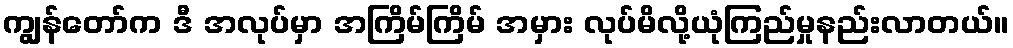
ကျွန်တော်က ဒီ အလုပ်မှာ အကြိမ်ကြိမ် အမှား လုပ်မိလို့ယုံကြည်မှုနည်းလာတယ်။